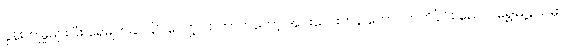
နုန်းကျမှုများပြီး ရေမျက်နှာပြင် လျော့လာတာကတော့ အင်းလေးကန် တောင်ဘက်ပိုင်း ညောင်ရွှေမြို့နယ်မှာ